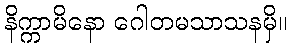
နိက္ကာမိနော ဂေါတမသာသနမှိ။